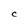
Character: C